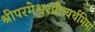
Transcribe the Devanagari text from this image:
श्रीपरमेश्वरप्रीत्यर्थमिमां